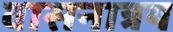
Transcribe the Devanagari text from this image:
वासनात्रय